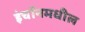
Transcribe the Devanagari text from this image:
इंचॉनमधील